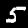
Digit: 5